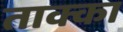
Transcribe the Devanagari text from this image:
ताक्का